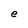
Character: e